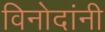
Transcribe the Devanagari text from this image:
विनोदांनी